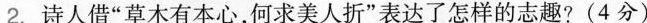
2.诗人借”草木有本心，何求美人折”表达了怎样的志趣?(4分)